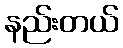
နည်းတယ်